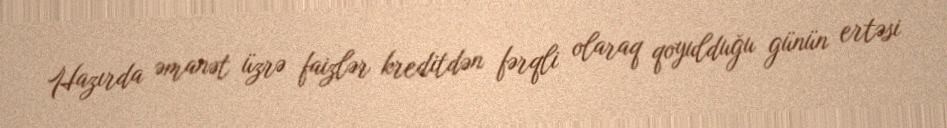
Hazırda əmanət üzrə faizlər kreditdən fərqli olaraq qoyulduğu günün ertəsi